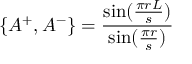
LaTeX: \{ A ^ { + } , A ^ { - } \} = \frac { \sin ( \frac { \pi r L } { s } ) } { \sin ( \frac { \pi r } { s } ) }